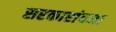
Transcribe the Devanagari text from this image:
सरकारांवजा